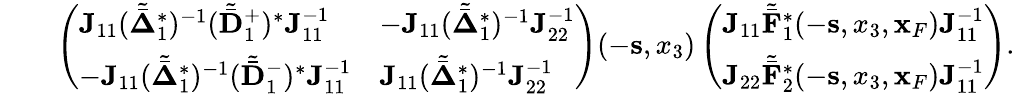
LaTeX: \begin{array}{rlr}&{}&{\left(\begin{array}{ll}{{\mathbf J}_{11}({\tilde{\bar{\mathbf\Delta}}}_{1}^{*})^{-1}({\tilde{\bar{\mathbf D}}}_{1}^{+})^{*}{\mathbf J}_{11}^{-1}}&{-{\mathbf J}_{11}({\tilde{\bar{\mathbf\Delta}}}_{1}^{*})^{-1}{\mathbf J}_{22}^{-1}}\\ {-{\mathbf J}_{11}({\tilde{\bar{\mathbf\Delta}}}_{1}^{*})^{-1}({\tilde{\bar{\mathbf D}}}_{1}^{-})^{*}{\mathbf J}_{11}^{-1}}&{{\mathbf J}_{11}({\tilde{\bar{\mathbf\Delta}}}_{1}^{*})^{-1}{\mathbf J}_{22}^{-1}}\end{array}\right)(-{\mathbf s},x_{3})\left(\begin{array}{l}{{\mathbf J}_{11}{\tilde{\bar{\mathbf F}}}_{1}^{*}(-{\mathbf s},x_{3},{\mathbf x}_{F}){\mathbf J}_{11}^{-1}}\\ {{\mathbf J}_{22}{\tilde{\bar{\mathbf F}}}_{2}^{*}(-{\mathbf s},x_{3},{\mathbf x}_{F}){\mathbf J}_{11}^{-1}}\end{array}\right).}\end{array}